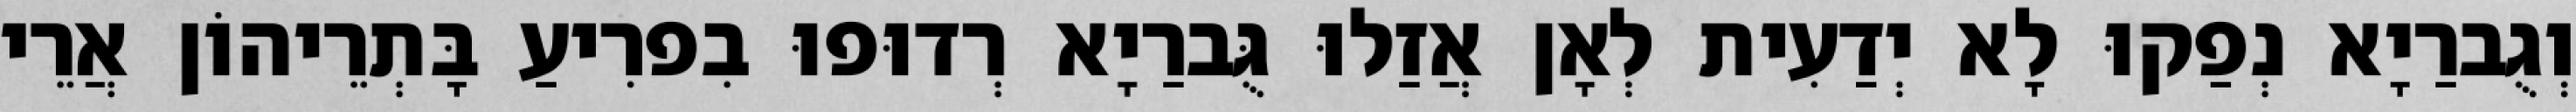
וְגֻברַיָא נְפַקוּ לָא יְדַעִית לְאָן אֲזַלוּ גֻּברַיָא רְדוּפוּ בִפרִיעַ בָּתְרֵיהוֹן אֲרֵי